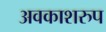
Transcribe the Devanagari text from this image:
अवकाशरुप